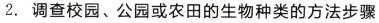
2.调查校园、公园或农田的生物种类的方法步骤